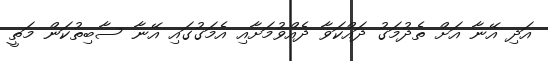
އަދި އޭނާ އަށް ތެދުމަގު ދައްކަވާ ދެއްވުމަށާއި އެމަގުގައި އޭނާ ސާބިތުކަން މަތީ